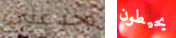
تخدعني يحيطون